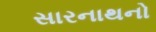
સારનાથનો